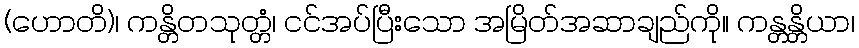
(ဟောတိ)၊ ကန္တိတသုတ္တံ၊ ငင်အပ်ပြီးသော အမြိတ်အဆာချည်ကို။ ကန္တန္တိယာ၊